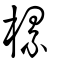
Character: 樏